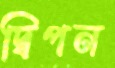
দ্বিপন